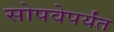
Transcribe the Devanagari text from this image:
सोपवेपर्यंत